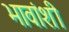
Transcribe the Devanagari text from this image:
भावांशी